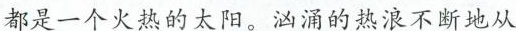
都是一个火热的太阳。汹涌的热浪不断地从